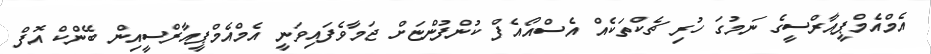
އެމްއެމްޕީއާރްސީގެ ނަމުގަ ހުރި ޗެކްތަކެއް އެސްއޯއެފް ކުންފުންޏަށް ޖަމާވެފައިވަނީ އެމްއެމްޕީއާރްސީއިން ބޭންކް އޮފް